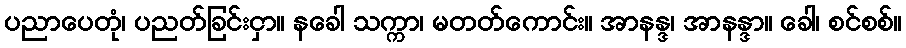
ပညာပေတုံ၊ ပညတ်ခြင်းငှာ။ နခေါ သက္ကာ၊ မတတ်ကောင်း။ အာနန္ဒ၊ အာနန္ဒာ။ ခေါ၊ စင်စစ်။